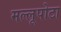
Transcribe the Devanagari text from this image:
मल्लूपोटा